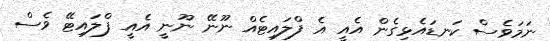
ނަމަވެސް ކަނޑައެޅިގެން އެއީ އެ ފްލައިޓެއް ނޫނޭ ނޫނީ އެއީ ފްލައިޓޭ ވެސް